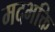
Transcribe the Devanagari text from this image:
मदभक्ति